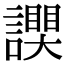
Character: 𧬮